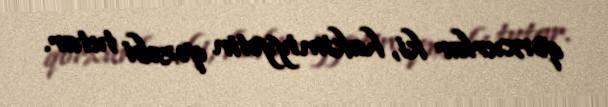
qorxurlar ki, hakimiyyətin qəzəbi tutar.